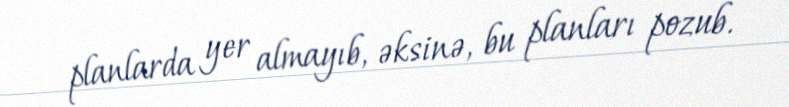
planlarda yer almayıb, əksinə, bu planları pozub.